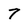
Character: 7